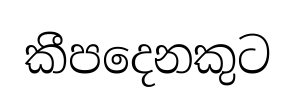
කීපදෙනකුට